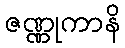
ဇဏ္ဏုကာနိ